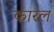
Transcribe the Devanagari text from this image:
कारल